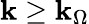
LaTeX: \mathbf{k}\geq\mathbf{k}_{\Omega}